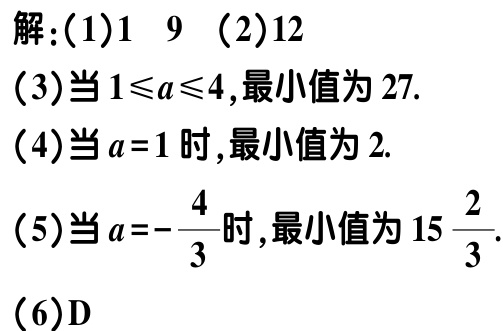
解：(1)$1$ $9$ (2)$12$

(3)当$1\leqslant a\leqslant4$,最小值为$27$.

(4)当$a = 1$时,最小值为$2$.

(5)当$a=-\frac{4}{3}$时,最小值为$15\frac{2}{3}$.

(6)D